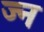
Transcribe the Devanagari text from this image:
ज्न